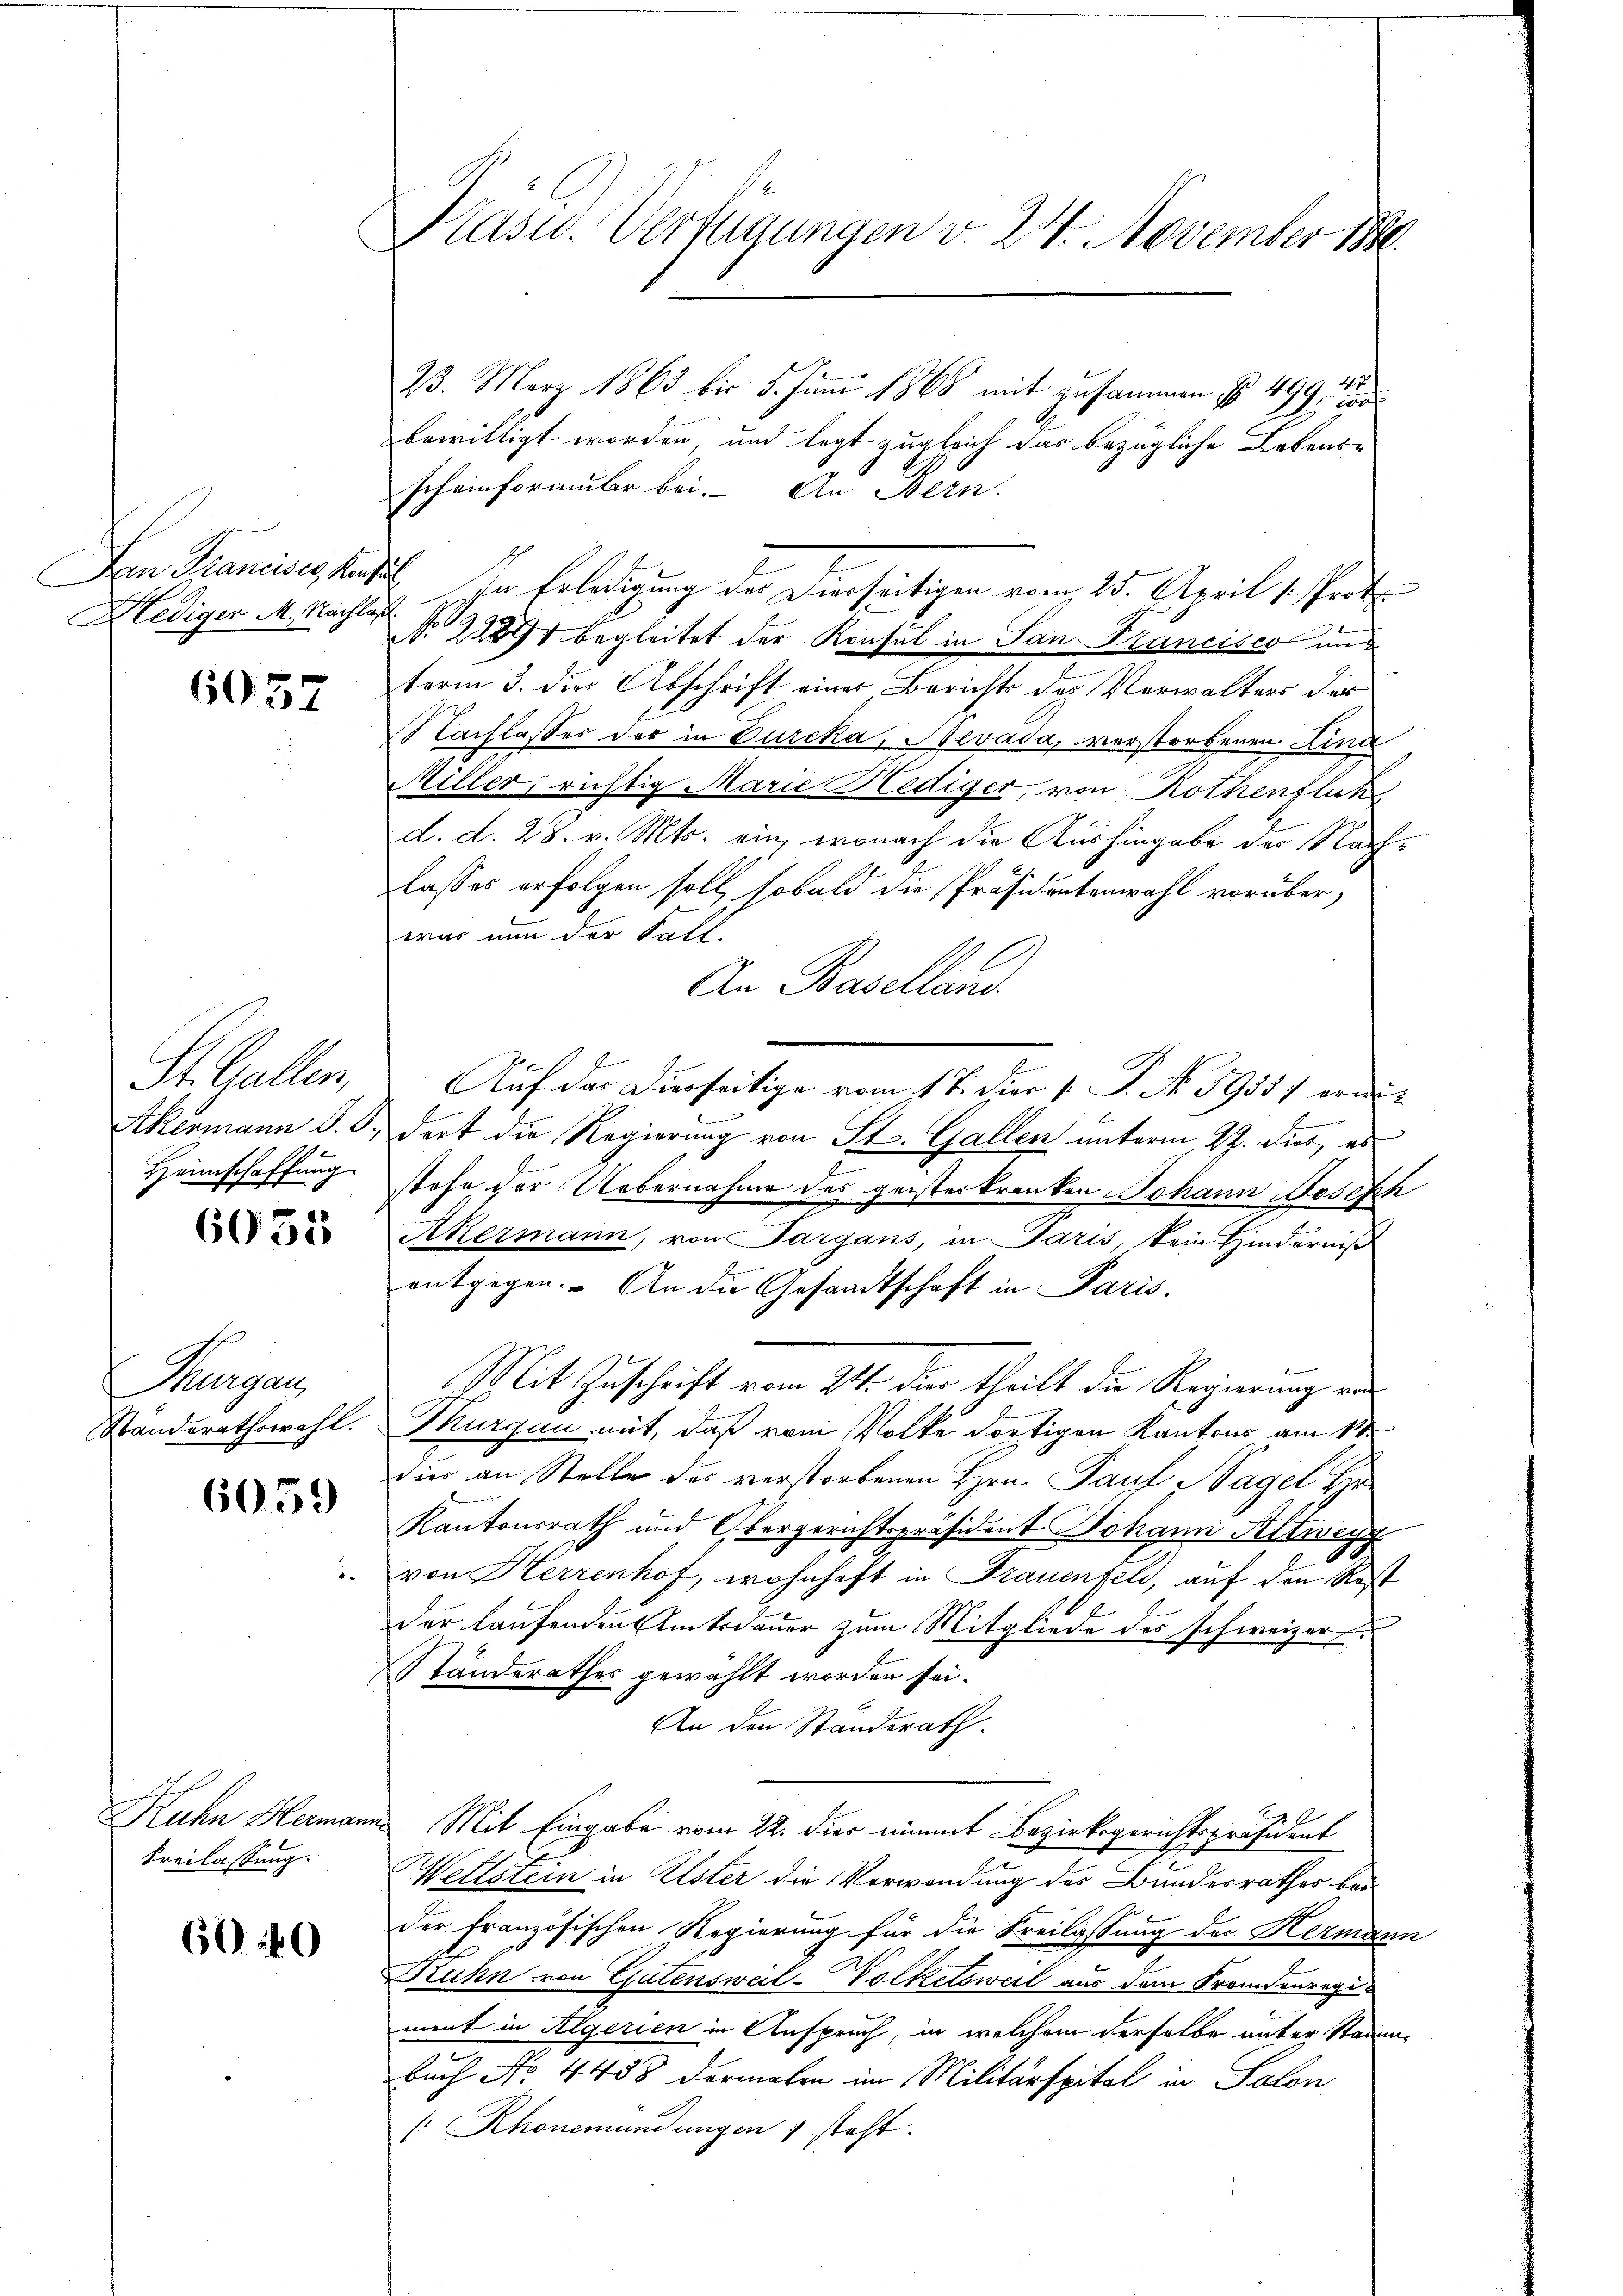
Dan Francises Kauf¬
Hediger M. Nachlag

6057

St. Gallen,
Akermann d. J.,
Heimschaffung

6055

Thurgau,
Standerathswahl.

6059

Ruchen Hermann
Kreilassung.

60 40

5

Plasw. Verfügungen v. 24. November 1890.
4 x
23. März 1863 bis 5. Juni 1868 mit zusammen No 499, wo
bewilligt worden, und legt zugleich das bezügliche Lebensscheinformular bei. An Bern.

In Erledigung des Dierseitigen vom 25. April 1. Prof.
No 22294 begleitet der Konsul in San Francisco und
term 3. dies Abschrift eines Berichts des Verwalters ders
Nachlasses der in Durcka, Hevada, verstorbenen Lind
Miller, richtig Marie Krediger, von Rothenflik
d. d. 28. v. Mts. ein, wonach die Aushingabe der Nachlasses erfolgen soll, sobald die Präsidentenwahl vorüberwar nun der Fall.
An Baselland.
Auf das Dierseitige vom 17. Der P. P. No 5935; ordet
dort die Regierung von St. Gallen unterm 27. dies, es
stehe der Uebernahme des geisterkranken Johann Joseph
Akermann, von Sargans, in Paris, kein Hinderniß
entgegen. An die Gesandtschaft in Paris.
Mit Zuschrift vom 24. dies theilt die Regierung von
Thurgau mit, daß vom Volke dortigen Kantons am 1ten
die an Stelle des verstorbenen Hrn. Pauf Nagel hie
Kantonsrath und Obergerichtspräsident Johann Altweg
von Herrenhof, wohnhaft in Frauenfeld, auf den Rest
der laufenden Amtsdauer zum Mitgliede des schweizer
Standerathes gewählt worden sei.
An den Standerath.
 Mit Eingabe vom 22. dies nimmt Bezirksgerichtspräsident
Wettstein in Elster die Verwendung des Bundesrathes bei
der Französischen Regierung für die Freilassung des Hermann
Ruhn von Gutensweil-Volketsweil aus dem Fremdenrege
ment in Algerien in Anspruch, in welchem derselbe unter Stad-
buch No 4458 dermalen im Militärspital in Salon
: Rhonemündungen 1 steht.